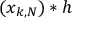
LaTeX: ( x _ { k , N } ) * h